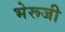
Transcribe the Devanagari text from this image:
भेरूजी